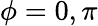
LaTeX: \phi=0,\pi